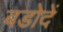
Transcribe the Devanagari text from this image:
बडोदें